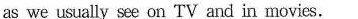
as we usually see on TV and in movies.